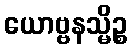
ယောဗ္ဗနသ္မိဉ္စ